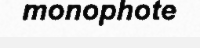
monophote